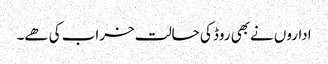
اداروں نےبھی روڈ کی حالت خراب کی ھے۔